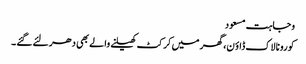
وجاہت مسعود
کورونا لاک ڈاؤ ن،گھر میں کرکٹ کھیلنے والے بھی دھر لئے گئے ۔